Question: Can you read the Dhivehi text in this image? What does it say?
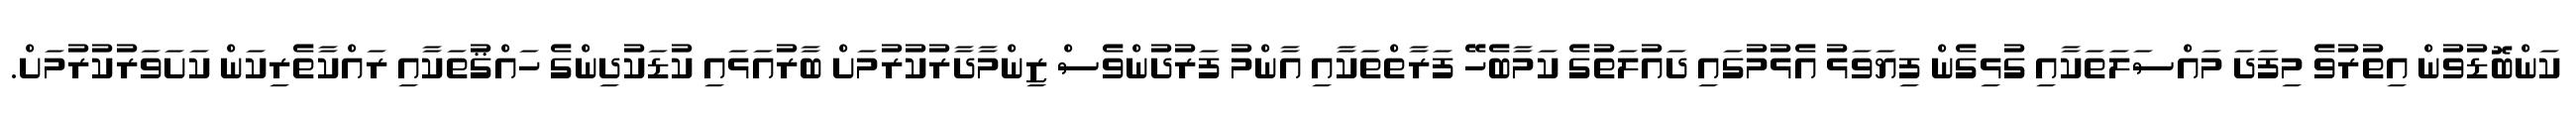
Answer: ކަންބޮޑުވުން އިތުރުވެ މިފަދަ މައްސަލަތަކާއި ގުޅިގެން ފިޔަވަޅު އެޅުމުގައި ދައުލަތުގެ ކަމާބެހޭ ފަރާތްތަކާއި އާންމު ފަރުދުންވެސް ޒިންމާދާރުކުރުމަށް ބާރުއަޅައި ކުޑަކުދިންގެ ހައްޤުތަކާއި ރައްކާތެރިކަން ކަށަވަރުކުރުމަށް.